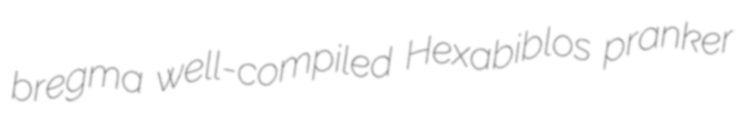
bregma well-compiled Hexabiblos pranker